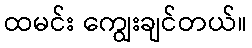
ထမင်း ကျွေးချင်တယ်။